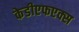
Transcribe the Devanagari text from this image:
केडीएफएक्स